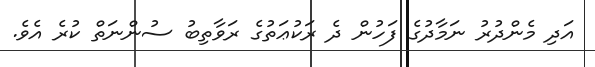
އަދި މެންދުރު ނަމާދުގެ ފަހުން ދެ ރަކުޢަތުގެ ރަވާތިބު ސުންނަތް ކުރެ އެވެ.